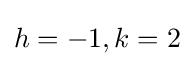
h=-1,k=2